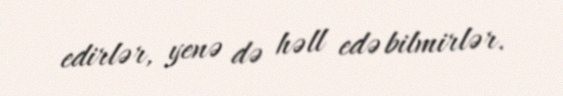
edirlər, yenə də həll edə bilmirlər.